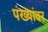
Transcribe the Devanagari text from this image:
पंख्यांवर